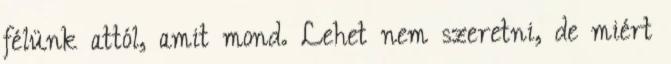
félünk attól, amit mond. Lehet nem szeretni, de miért